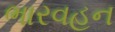
ભારવહન